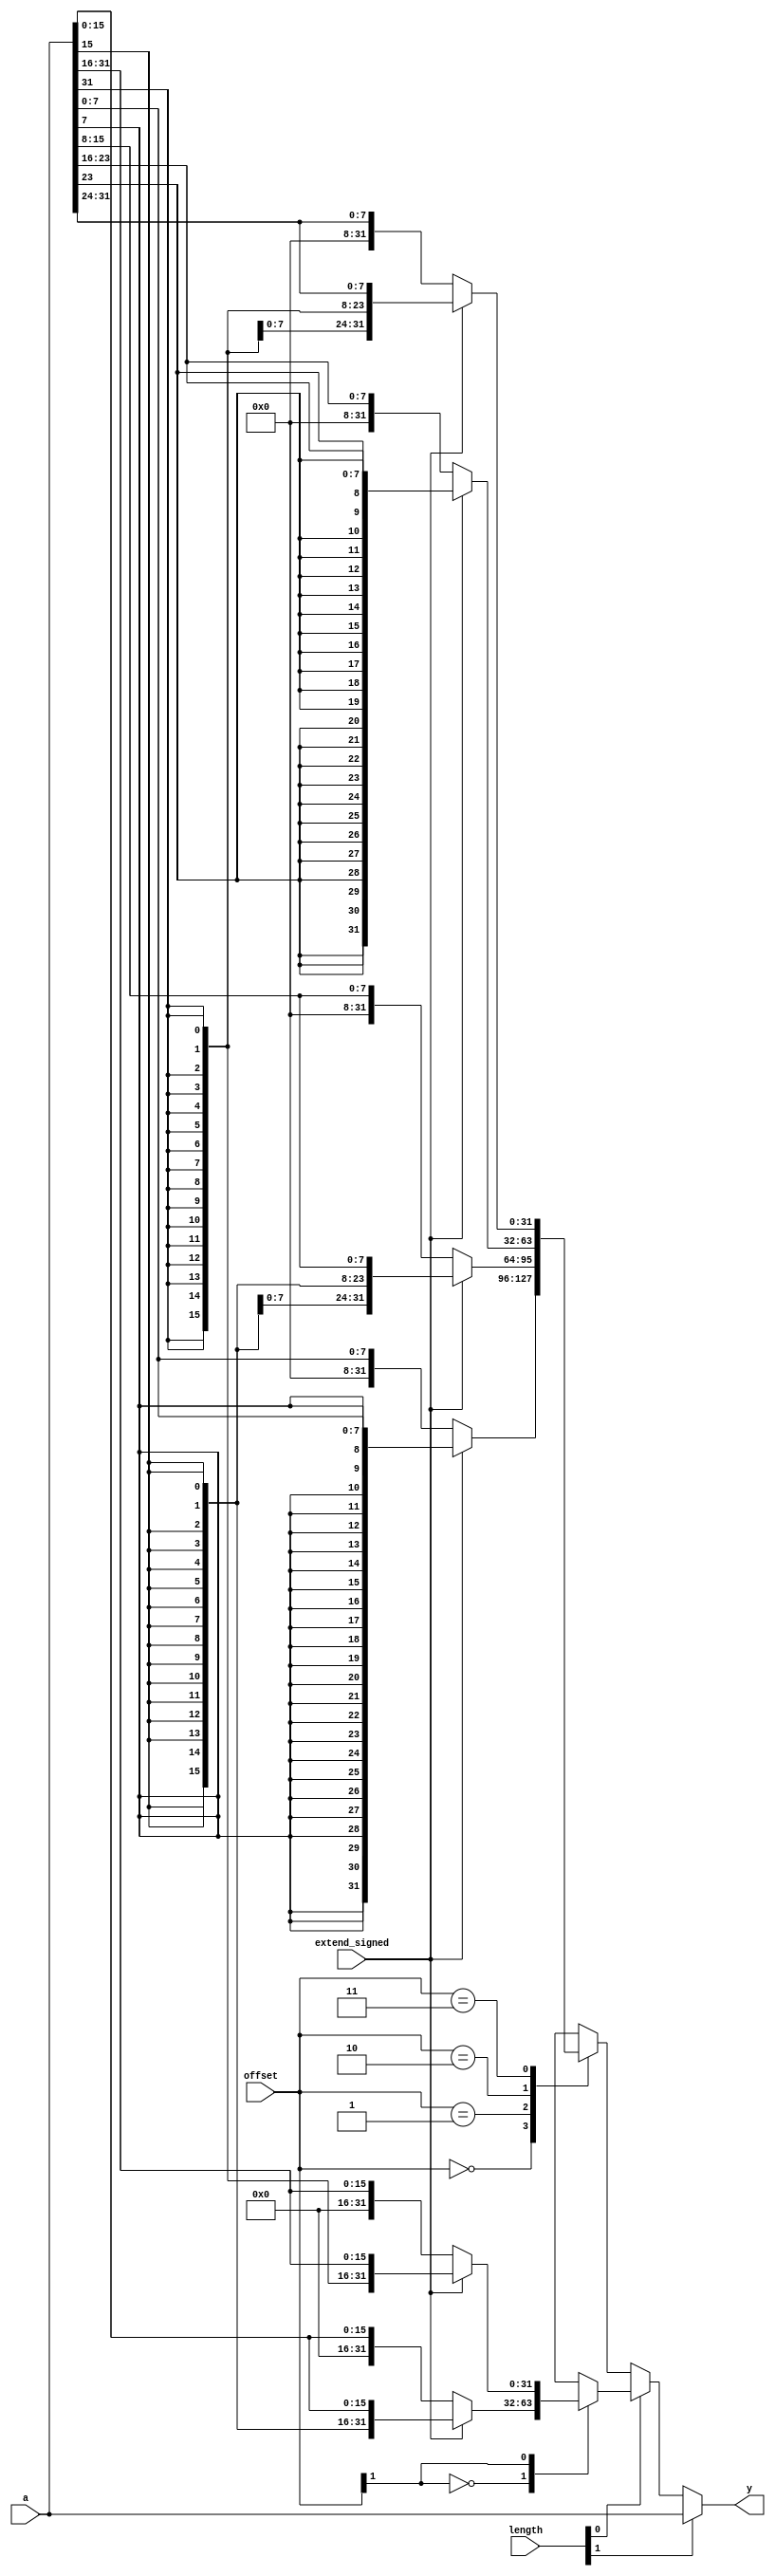
`timescale 1ns / 1ps
//////////////////////////////////////////////////////////////////////////////////
// Company: 
// Engineer: 
// 
// Design Name: 
// Module Name: signext
// Project Name: 
// Target Devices: 
// Tool Versions: 
// Description: 
// 
// Dependencies: 
// 
// Revision:
// Revision 0.01 - File Created
// Additional Comments:
// 
//////////////////////////////////////////////////////////////////////////////////


module ls_extend(
    input wire [1:0]offset,
	input wire[31:0] a,
	input wire[1:0] length,
	input wire extend_signed,
	output reg[31:0] y
    );
    always@(*)
    begin
        if(length[1]==1'b1)
        begin
            y<=a;
        end
        else begin
            if(length[0]==1'b1)
            begin
                case(offset[1])
                1'b0: y<= extend_signed ? {{16{a[15]}},a[15:0]}:{{16{1'b0}},a[15:0]};
                1'b1: y<= extend_signed ? {{16{a[31]}},a[31:16]}:{{16{1'b0}},a[31:16]};
                default: y<=0;
                endcase
            end
            else begin
                case(offset)
                2'b00: y<= extend_signed ? {{24{a[7]}},a[7:0]}:{{24{1'b0}},a[7:0]};
                2'b01: y<= extend_signed ? {{24{a[15]}},a[15:8]}:{{24{1'b0}},a[15:8]};
                2'b10: y<= extend_signed ? {{24{a[23]}},a[23:16]}:{{24{1'b0}},a[23:16]};
                2'b11: y<= extend_signed ? {{24{a[31]}},a[31:24]}:{{24{1'b0}},a[31:24]};
                default: y<=0;
                endcase
            end
        end
    end
endmodule